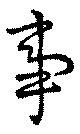
事